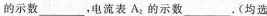
的示数___，电流表As的示数___(均选